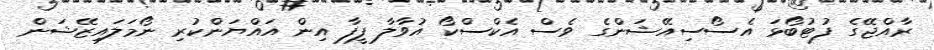
ރާއްޖޭގެ ފުޓުބޯޅަ އެސޯސިއޭޝަންގެ ވެސް އެކްސްކޯ އުވާލާ ފީފާ އިން އައްޔަންކުރި ނޯމަލައިޒޭޝަން